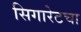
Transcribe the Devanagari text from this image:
सिगारेटचा